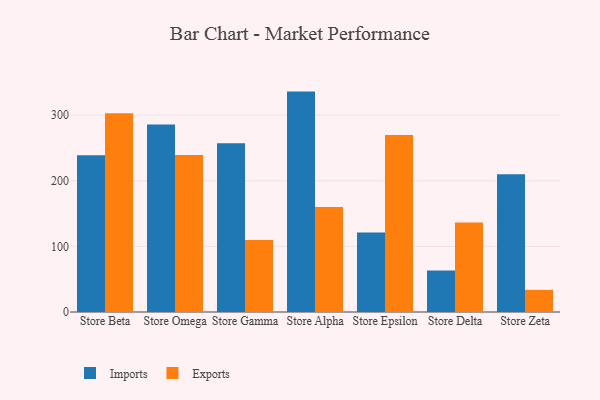
{"axis": {"x": "Store", "y": "Budget (USD K)"}, "legend": ["Exports", "Imports"], "data": [{"x": "Store Beta", "y": 238.7, "type": "Imports"}, {"x": "Store Beta", "y": 302.9, "type": "Exports"}, {"x": "Store Omega", "y": 285.7, "type": "Imports"}, {"x": "Store Omega", "y": 239.1, "type": "Exports"}, {"x": "Store Gamma", "y": 257.0, "type": "Imports"}, {"x": "Store Gamma", "y": 109.6, "type": "Exports"}, {"x": "Store Alpha", "y": 335.8, "type": "Imports"}, {"x": "Store Alpha", "y": 159.9, "type": "Exports"}, {"x": "Store Epsilon", "y": 121.0, "type": "Imports"}, {"x": "Store Epsilon", "y": 269.8, "type": "Exports"}, {"x": "Store Delta", "y": 63.2, "type": "Imports"}, {"x": "Store Delta", "y": 136.4, "type": "Exports"}, {"x": "Store Zeta", "y": 209.7, "type": "Imports"}, {"x": "Store Zeta", "y": 33.7, "type": "Exports"}]}